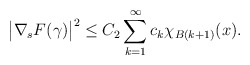
\begin{align*}\big|\nabla_s F(\gamma)\big|^2\le C_2 \sum_{k=1}^\infty c_k\chi_{B(k+1)}(x).\end{align*}